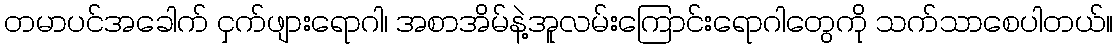
တမာပင်အခေါက် ငှက်ဖျားရောဂါ၊ အစာအိမ်နဲ့အူလမ်းကြောင်းရောဂါတွေကို သက်သာစေပါတယ်။